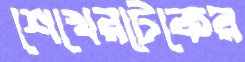
শেখেরটেকের